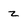
Character: z